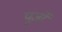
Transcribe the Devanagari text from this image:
पूर्जों